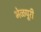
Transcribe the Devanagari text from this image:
भेळपूरी